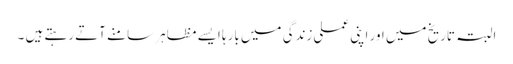
البتہ تاریخ میں اور اپنی عملی زندگی میں بارہا ایسے مظاہر سامنے آتے رہتے ہیں ۔